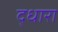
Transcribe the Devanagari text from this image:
द्धारा